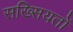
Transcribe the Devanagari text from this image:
सख्सियतों